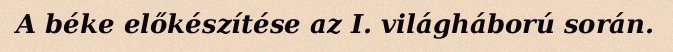
A béke előkészítése az I. világháború során.